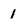
Character: 1